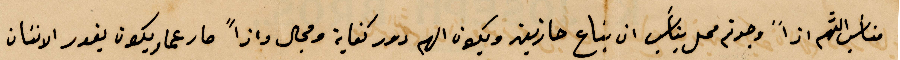
مناسب  %%اذًا وجدتم محل مناسب ان يباع حارتين ويكون لهم دور كفاية ومجال واذًا صار عمار يكون يقدر الانسان